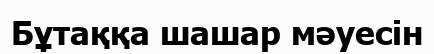
Бұтаққа шашар мәуесін